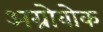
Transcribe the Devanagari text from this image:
अग्रोवोक